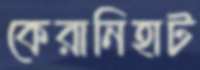
কেরানিহাট